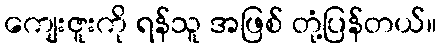
ကျေးဇူးကို ရန်သူ အဖြစ် တုံ့ပြန်တယ်။